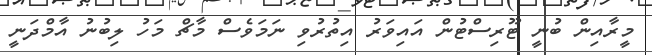
މީރާއިން ބުނީ ޓޫރިސްޓުން އައިވަރު އިތުރުވި ނަމަވެސް މާޗް މަހު ލިބުނު އާމްދަނީ